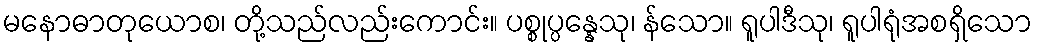
မနောဓာတုယောစ၊ တို့သည်လည်းကောင်း။ ပစ္စုပ္ပန္နေသု၊ န်သော။ ရူပါဒီသု၊ ရူပါရုံအစရှိသော